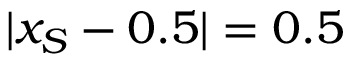
| x _ { S } - 0 . 5 | = 0 . 5